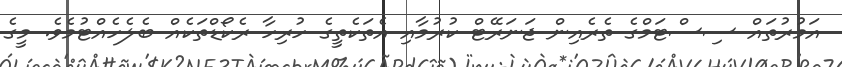
އަމުރުތައް ސިސްޓަމްގެ ތެރެއިން ޖަނަރޭޓް ކުރުމާއި އެތަކެތީގެ ހުރިހާ ރެކޯޑްތަކެއް ބެލެހެއްޓުމެވެ. މީގެ